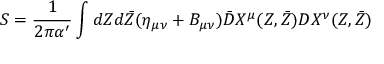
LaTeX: S = \frac { 1 } { 2 \pi \alpha ^ { \prime } } \int d Z d \bar { Z } ( \eta _ { \mu \nu } + B _ { \mu \nu } ) \bar { D } X ^ { \mu } ( Z , \bar { Z } ) D X ^ { \nu } ( Z , \bar { Z } )